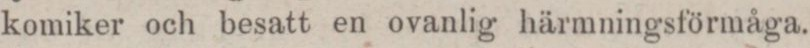
komiker och besatt en ovanlig härmningsförmåga.